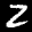
Label: 2